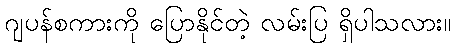
ဂျပန်စကားကို ပြောနိုင်တဲ့ လမ်းပြ ရှိပါသလား။